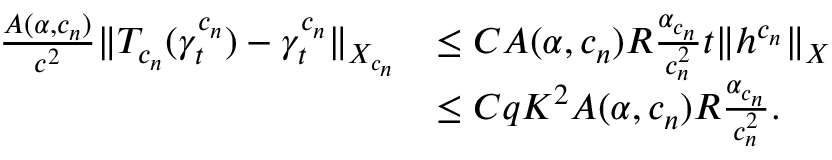
\begin{array} { r l } { \frac { A ( \alpha , c _ { n } ) } { c ^ { 2 } } \| T _ { c _ { n } } ( \gamma _ { t } ^ { c _ { n } } ) - \gamma _ { t } ^ { c _ { n } } \| _ { X _ { c _ { n } } } } & { \leq C A ( \alpha , c _ { n } ) R \frac { \alpha _ { c _ { n } } } { c _ { n } ^ { 2 } } t \| h ^ { c _ { n } } \| _ { X } } \\ & { \leq C q K ^ { 2 } A ( \alpha , c _ { n } ) R \frac { \alpha _ { c _ { n } } } { c _ { n } ^ { 2 } } . } \end{array}